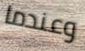
وعندما